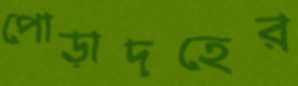
পোড়াদহের